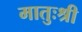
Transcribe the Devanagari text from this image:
मातुःश्री